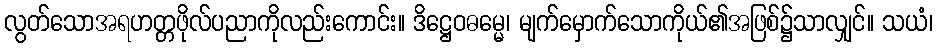
လွတ်သောအရဟတ္တဖိုလ်ပညာကိုလည်းကောင်း။ ဒိဋ္ဌေဝဓမ္မေ၊ မျက်မှောက်သောကိုယ်၏အဖြစ်၌သာလျှင်။ သယံ၊